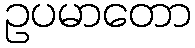
ဥပမာတော